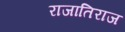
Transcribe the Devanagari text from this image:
राजातिराज